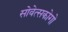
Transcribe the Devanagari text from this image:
सोवेत्सकोगो